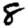
Digit: 8